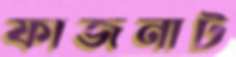
ফাজনাট